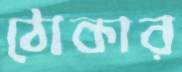
ঠোকার